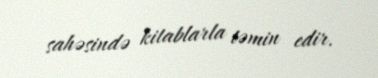
sahəsində kitablarla təmin edir.